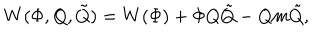
W ( \Phi , Q , \tilde { Q } ) = W ( \Phi ) + \Phi Q \tilde { Q } - Q m \tilde { Q } ,